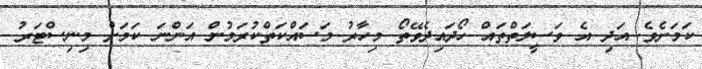
ކަމަށެވެ. އަދި އެ ވަސީލަތްތައް ހޯދައިދެވޭތޯ މިހާރު މަސައްކަތްކުރަމުން އަންނަ ކަމަށް މިނިސްޓަރު